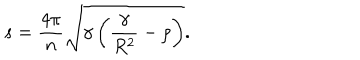
s = \frac { 4 \pi } { n } \sqrt { \gamma \left( \frac { \gamma } { R ^ { 2 } } - \rho \right) } .